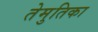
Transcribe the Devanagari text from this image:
तेमुतिका